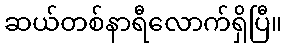
ဆယ်တစ်နာရီလောက်ရှိပြီ။